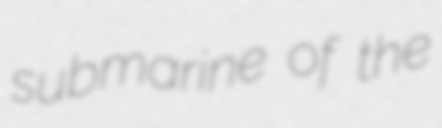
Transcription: submarine of the